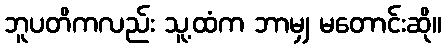
ဘူပတိကလည်း သူ့ထံက ဘာမျှ မတောင်းဆို။